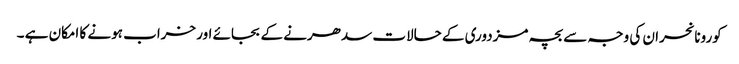
کورونا نحران کی وجہ سے بچہ مزدوری کے حالات سدھرنے کے بجائے اور خراب ہونے کا امکان ہے ۔